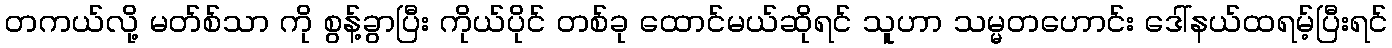
တကယ်လို့ မတ်စ်သာ ကို စွန့်ခွာပြီး ကိုယ်ပိုင် တစ်ခု ထောင်မယ်ဆိုရင် သူဟာ သမ္မတဟောင်း ဒေါ်နယ်ထရမ့်ပြီးရင်